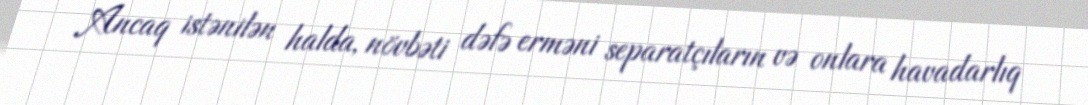
Ancaq istənilən halda, növbəti dəfə erməni separatçıların və onlara havadarlıq